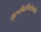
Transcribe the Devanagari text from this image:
गुरूभिरपितंत्रालोके